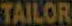
TAILOR